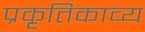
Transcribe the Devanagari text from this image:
प्रकृतिकाव्य